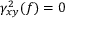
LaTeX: \gamma _ { x y } ^ { 2 } ( f ) = 0